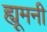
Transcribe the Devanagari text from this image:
ह्यूमनी